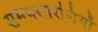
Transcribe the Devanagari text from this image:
समयसारणियाँ